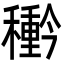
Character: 𮃲